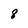
Character: 8